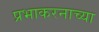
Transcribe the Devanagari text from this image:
प्रभाकरनाच्या